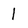
Character: 1